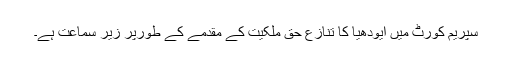
سپریم کورٹ میں ایودھیا کا تنازع حق ملکیت کے مقدمے کے طورپر زیر سماعت ہے۔